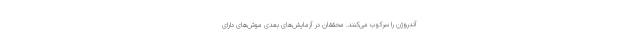
آندروژن را سرکوب می‌کنند. محققان در آزمایش‌های بعدی موش‌های دارای